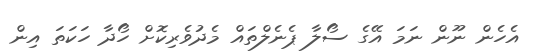
އެހެން ނޫން ނަމަ އޭގެ ސޯލާ ޕެނެލްތައް މެދުވެރިކޮށް ހޯދާ ހަކަތަ އިން